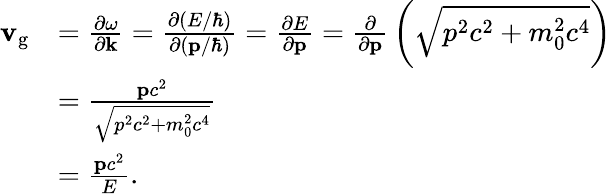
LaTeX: {\begin{array}{rl}{\mathbf{v}_{\mathrm{g}}}&{={\frac{\partial\omega}{\partial\mathbf{k}}}={\frac{\partial(E/\hbar)}{\partial(\mathbf{p}/\hbar)}}={\frac{\partial E}{\partial\mathbf{p}}}={\frac{\partial}{\partial\mathbf{p}}}\left({\sqrt{p^{2}c^{2}+m_{0}^{2}c^{4}}}\right)}\\ &{={\frac{\mathbf{p}c^{2}}{\sqrt{p^{2}c^{2}+m_{0}^{2}c^{4}}}}}\\ &{={\frac{\mathbf{p}c^{2}}{E}}.}\end{array}}